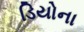
ડિયોના